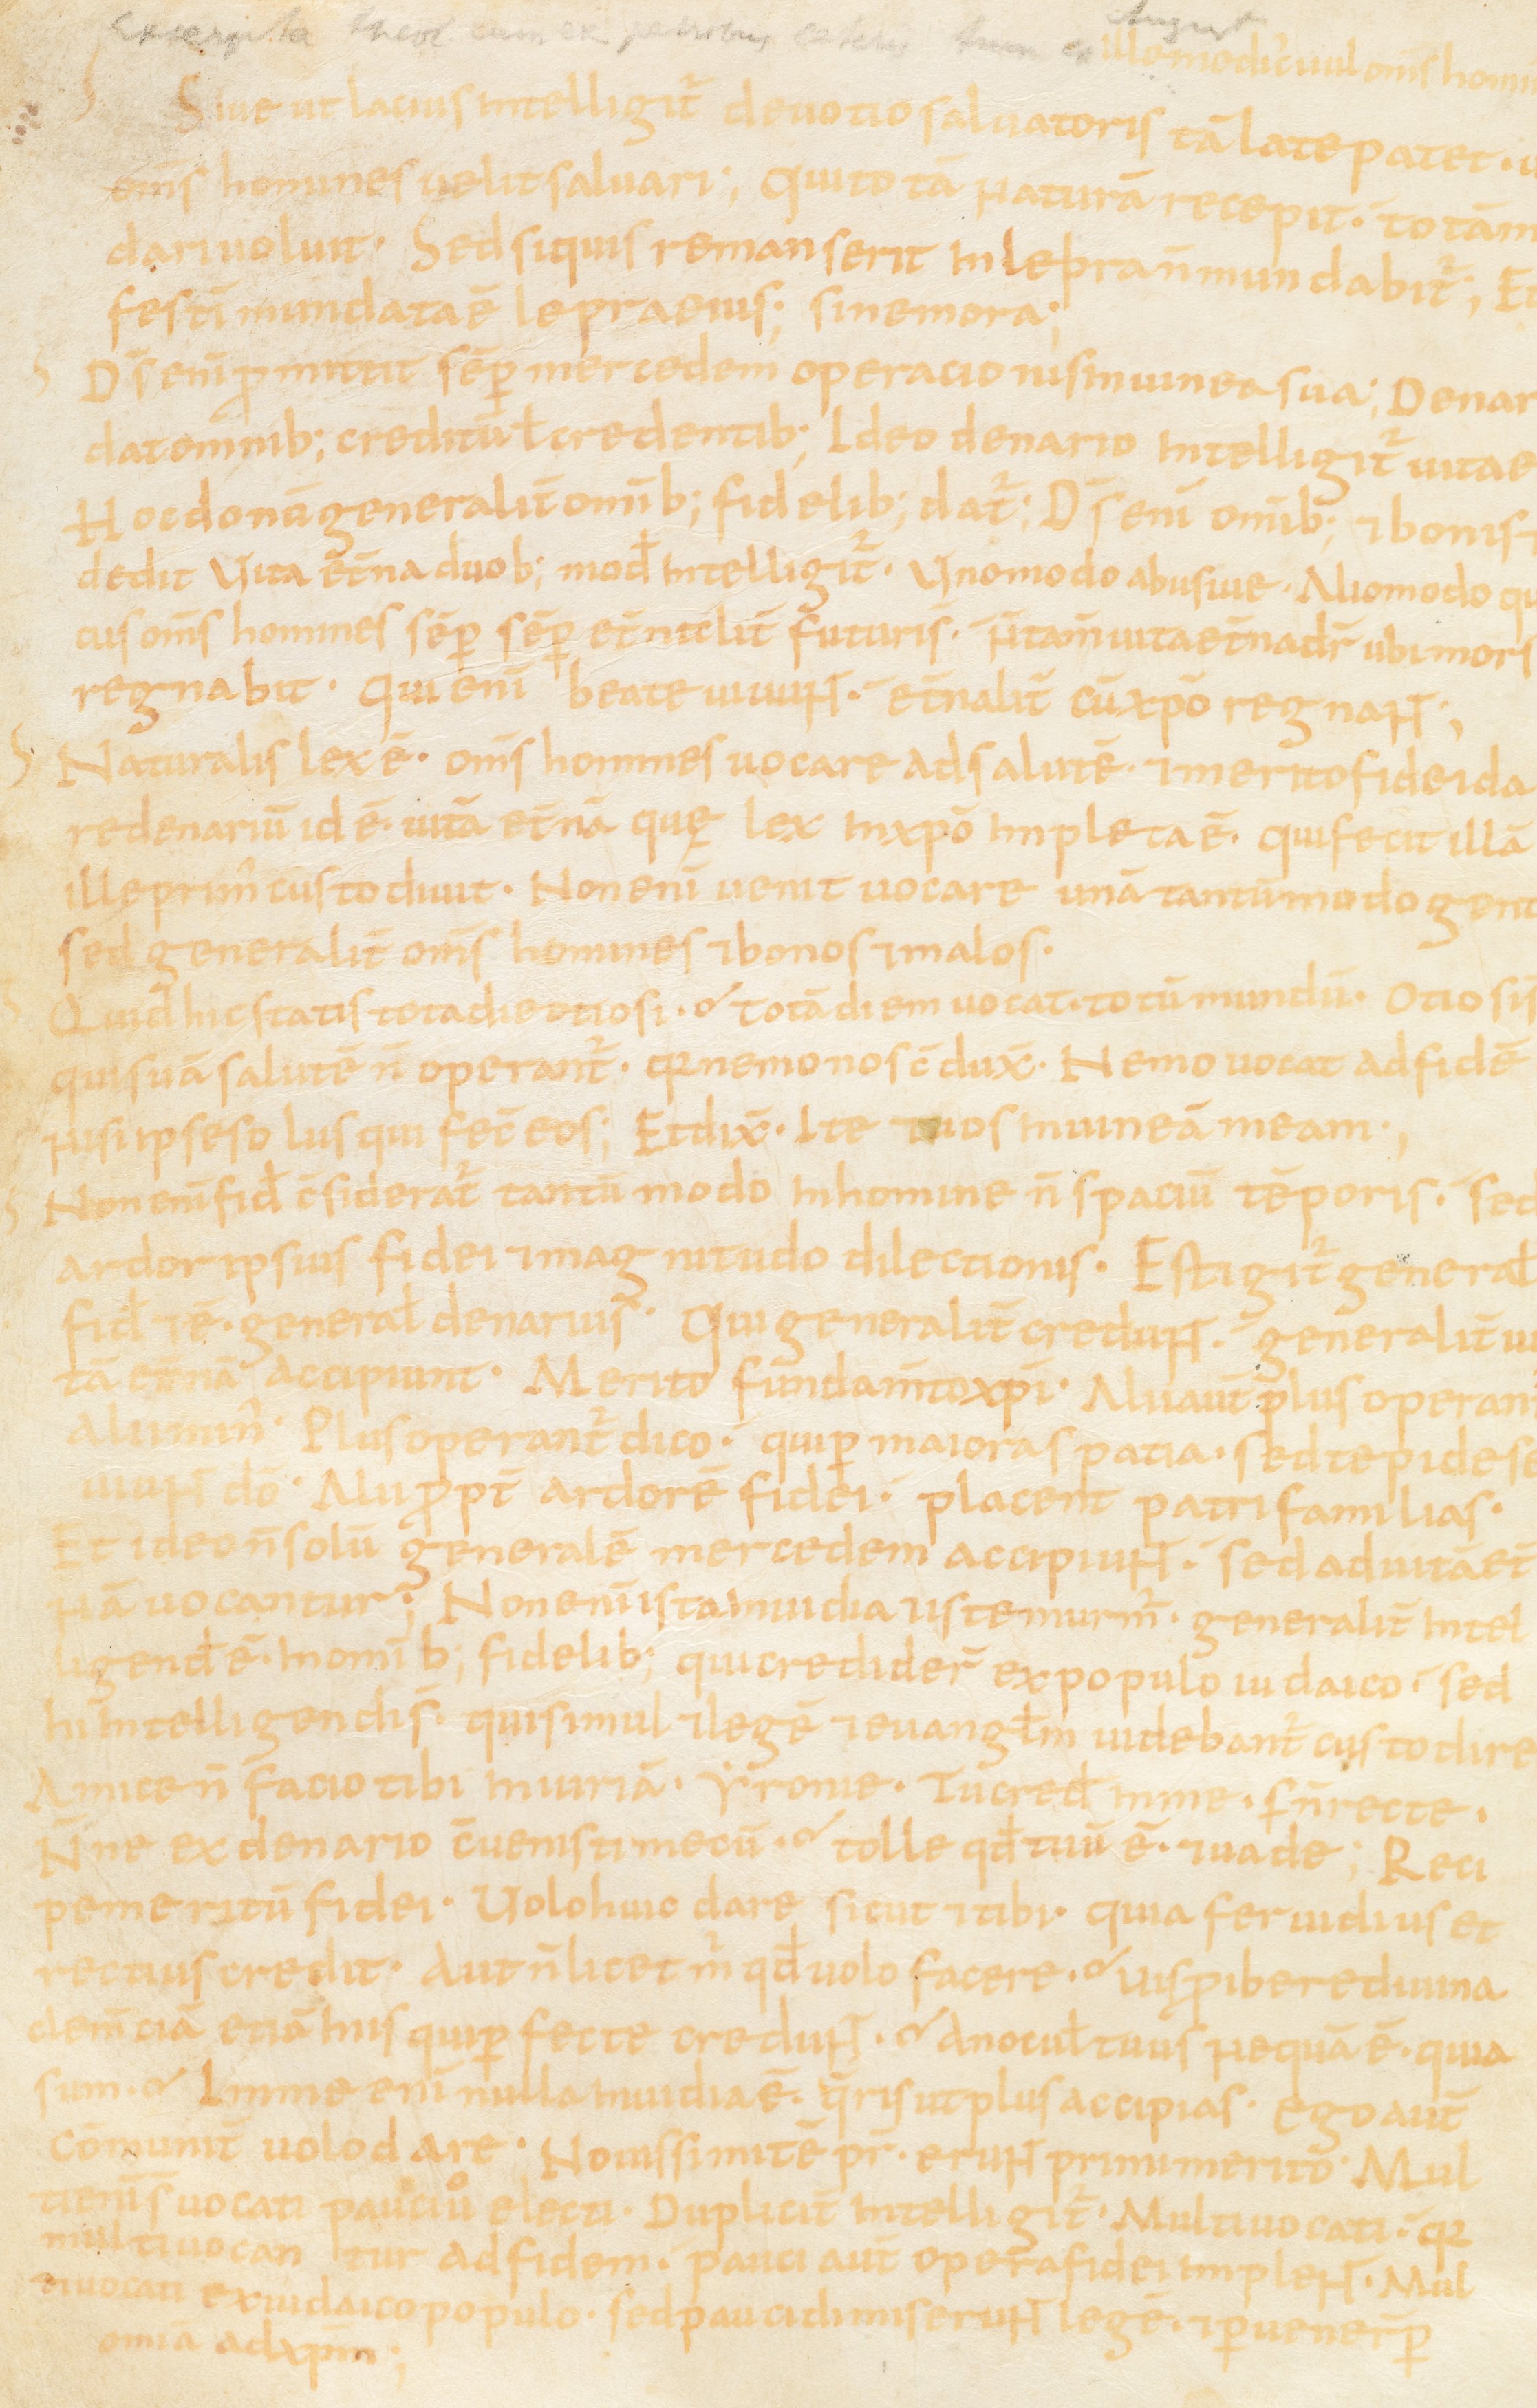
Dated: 867–949